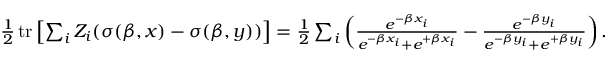
\begin{array} { r } { \frac { 1 } { 2 } \operatorname { t r } \left[ \sum _ { i } Z _ { i } ( \sigma ( \beta , x ) - \sigma ( \beta , y ) ) \right] = \frac { 1 } { 2 } \sum _ { i } \left( \frac { e ^ { - \beta x _ { i } } } { e ^ { - \beta x _ { i } } + e ^ { + \beta x _ { i } } } - \frac { e ^ { - \beta y _ { i } } } { e ^ { - \beta y _ { i } } + e ^ { + \beta y _ { i } } } \right) . } \end{array}